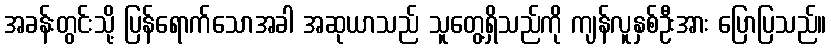
အခန်းတွင်းသို့ ပြန်ရောက်သောအခါ အဆုယာသည် သူတွေ့ရှိသည်ကို ကျန်လူနှစ်ဦးအား ပြောပြသည်။